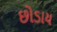
છોડાય